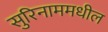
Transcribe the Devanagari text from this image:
सुरिनाममधील